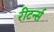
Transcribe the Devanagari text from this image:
रीटर्न्स